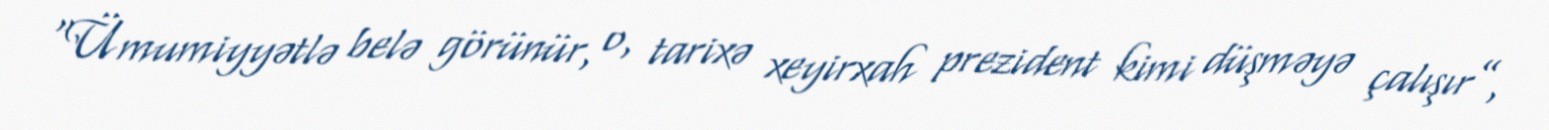
“Ümumiyyətlə belə görünür, o, tarixə xeyirxah prezident kimi düşməyə çalışır”,